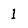
Character: 1